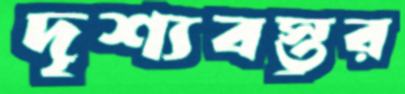
দৃশ্যবস্তুর